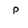
Character: p